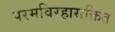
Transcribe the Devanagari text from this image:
परमविरहासक्तित